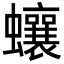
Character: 蠰